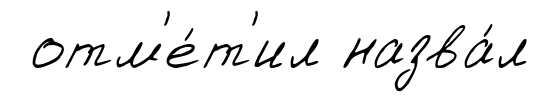
отм'е́т'ил назва́л